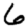
Digit: 6